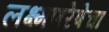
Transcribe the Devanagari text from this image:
लक्ष्मणरेषेचा